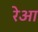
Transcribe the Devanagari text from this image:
रेआ